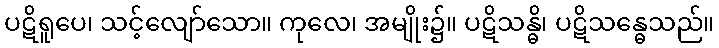
ပဋိရူပေ၊ သင့်လျော်သော။ ကုလေ၊ အမျိုး၌။ ပဋိသန္ဓိ၊ ပဋိသန္ဓေသည်။